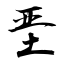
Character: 垩